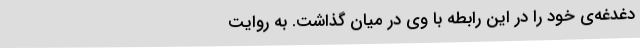
دغدغه‌ی ‌خود را در این‌ رابطه‌ با وی‌ در میان‌ گذاشت‌. به‌ روایت‌